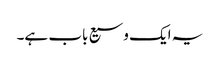
یہ ایک وسیع باب ہے۔